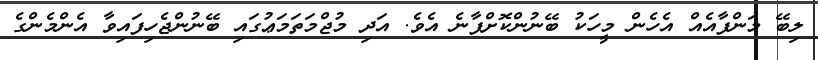
ލިބޭ މަންފާއެއް އެހެން މީހަކު ބޭނުންކޮށްފާނެ އެވެ. އަދި މުޖްމަތަމަޢުގައި ބޭނުންޖެހިފައިވާ އެންމެންގެ